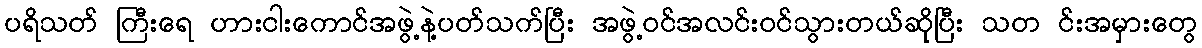
ပရိသတ် ကြီးရေ ဟားငါးကောင်အဖွဲ့နဲ့ပတ်သက်ပြီး အဖွဲ့ဝင်အလင်းဝင်သွားတယ်ဆိုပြီး သတ င်းအမှားတွေ